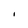
Character: 1